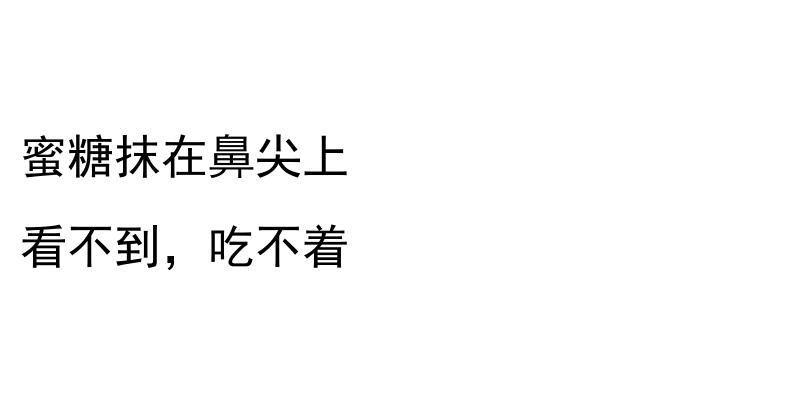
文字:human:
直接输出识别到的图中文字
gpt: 蜜糖抹在鼻尖上 看不到，吃不着